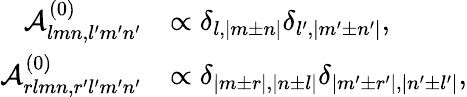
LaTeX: \begin{array}{rl}{\mathcal{A}_{lmn,l^{\prime}m^{\prime}n^{\prime}}^{(0)}}&{\propto\delta_{l,|m\pm n|}\delta_{l^{\prime},|m^{\prime}\pm n^{\prime}|},}\\ {\mathcal{A}_{rlmn,r^{\prime}l^{\prime}m^{\prime}n^{\prime}}^{(0)}}&{\propto\delta_{|m\pm r|,|n\pm l|}\delta_{|m^{\prime}\pm r^{\prime}|,|n^{\prime}\pm l^{\prime}|},}\end{array}